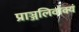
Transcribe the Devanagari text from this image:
प्राञ्जलिर्वाक्यं